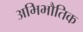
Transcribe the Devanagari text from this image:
अभिभौतिक